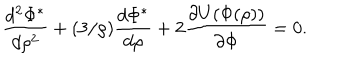
\frac { d ^ { 2 } \Phi ^ { * } } { d \rho ^ { 2 } } + ( 3 / \rho ) \frac { d \Phi ^ { * } } { d \rho } + 2 \frac { \partial U ( \Phi ( \rho ) ) } { \partial \Phi } = 0 .